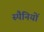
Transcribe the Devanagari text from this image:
स्पैनियों